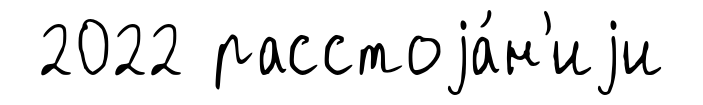
2022 расстоjа́н'иjи